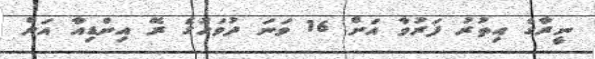
ނީރާގެ އިތުރު ފަރުވާ އަށް 16 ވަނަ ދުވަހުގެ ރޭ އިންޑިއާ އަށް